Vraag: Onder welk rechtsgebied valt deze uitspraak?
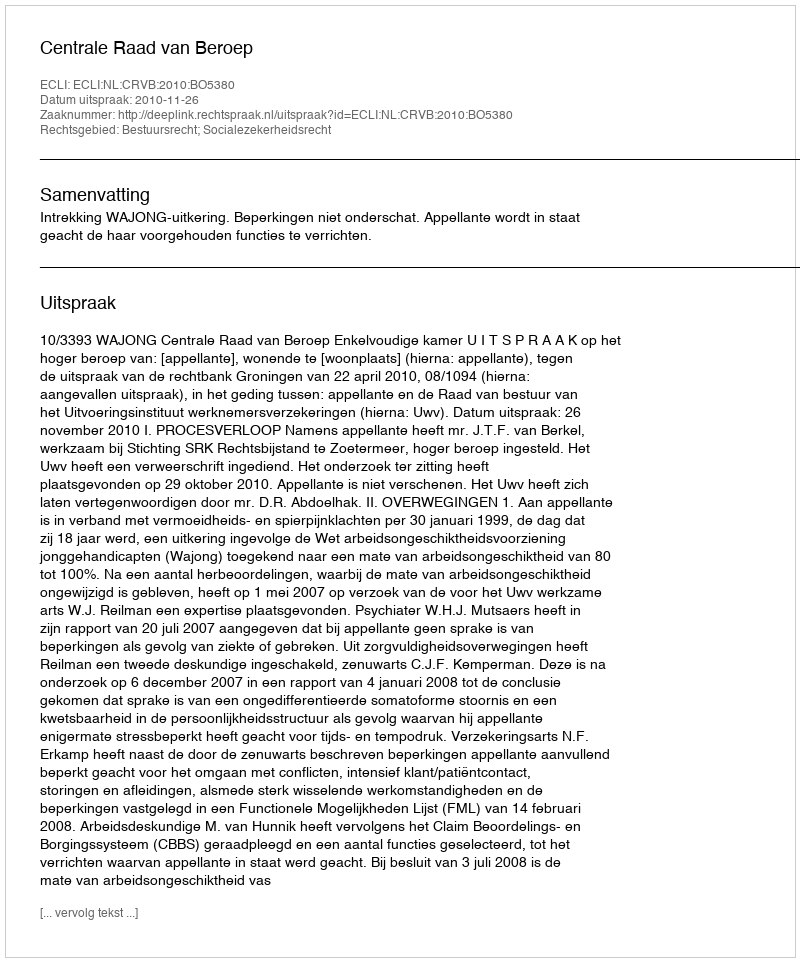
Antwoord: Bestuursrecht; Socialezekerheidsrecht